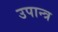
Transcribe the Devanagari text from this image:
उपान्त्र